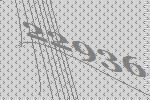
22936